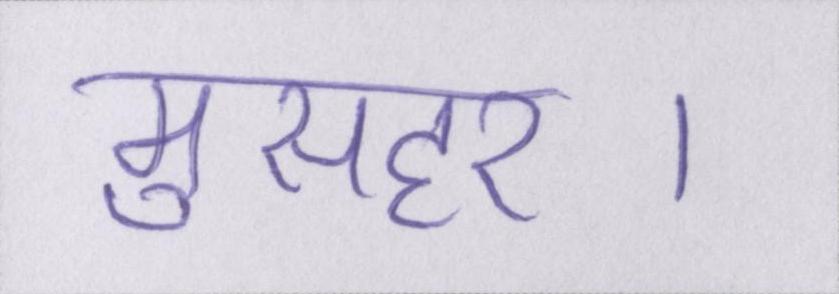
मुसहर।